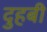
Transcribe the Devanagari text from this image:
दुहबी